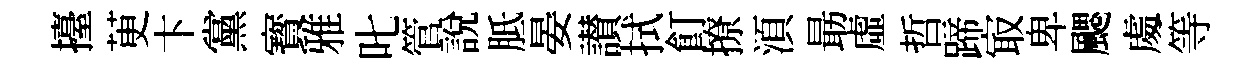
擡茰卞黨寳雅叱管說胝晏讃拭飣撩湏朂虛哲蹄㝡卑颸䖏等